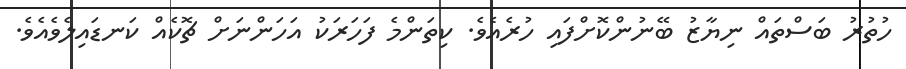
ހުތުރު ބަސްތައް ނިޔާޒު ބޭނުންކޮށްފައި ހުރެއެވެ. ކިތަންމެ ފަހަރަކު އަހަންނަށް ޗޮކެއް ކަނޑައިލެވެއެވެ.